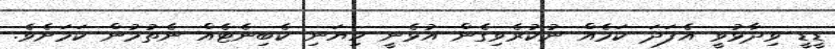
ޑީޑީ ވިދާޅުވީ އެފަދަ ކަމެއް ނުކުރެވިގެން އުޅެނީ ހިޔަނި ކެބިނެޓެއް ނެތުމުން ކަމަށެވެ.